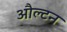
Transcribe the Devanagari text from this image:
औल्टन